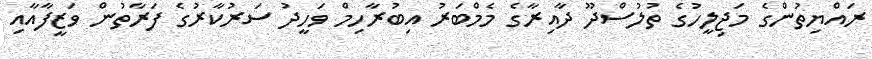
ރައްޔިތުންގެ މަޖިލީހުގެ ތުލުސްދޫ ދާއިރާގެ މެމްބަރު އިބުރާހިމް ވަހީދު ސަރުކާރުގެ ފަރާތުން ވަޒީފާއާއި